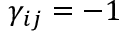
\gamma _ { i j } = - 1